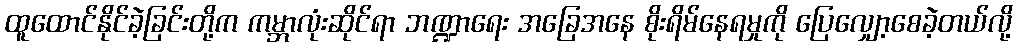
ထူထောင်နိုင်ခဲ့ခြင်းတို့က ကမ္ဘာလုံးဆိုင်ရာ ဘဏ္ဍာရေး အခြေအနေ စိုးရိမ်နေရမှုကို ပြေလျှော့စေခဲ့တယ်လို့